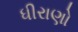
ધીરાણો